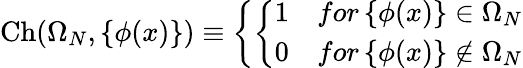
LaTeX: \mathrm{Ch}(\Omega_{N},\left\{ \phi(x)\right\} )\equiv\left\{ \left\{ \begin{array}{ll}{{1}}&{{for\left\{ \phi(x)\right\} \in\Omega_{N}}}\\ {{0}}&{{for\left\{ \phi(x)\right\} \not\in\Omega_{N}}}\end{array}\right.\right.